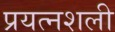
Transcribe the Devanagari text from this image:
प्रयत्नशली